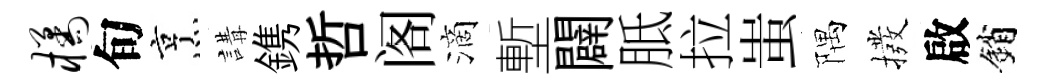
橘旬烹講鎸哲阁滴塹闢胝拉蚩隅撥啟銷